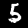
Digit: 5